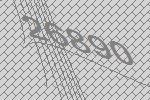
26890